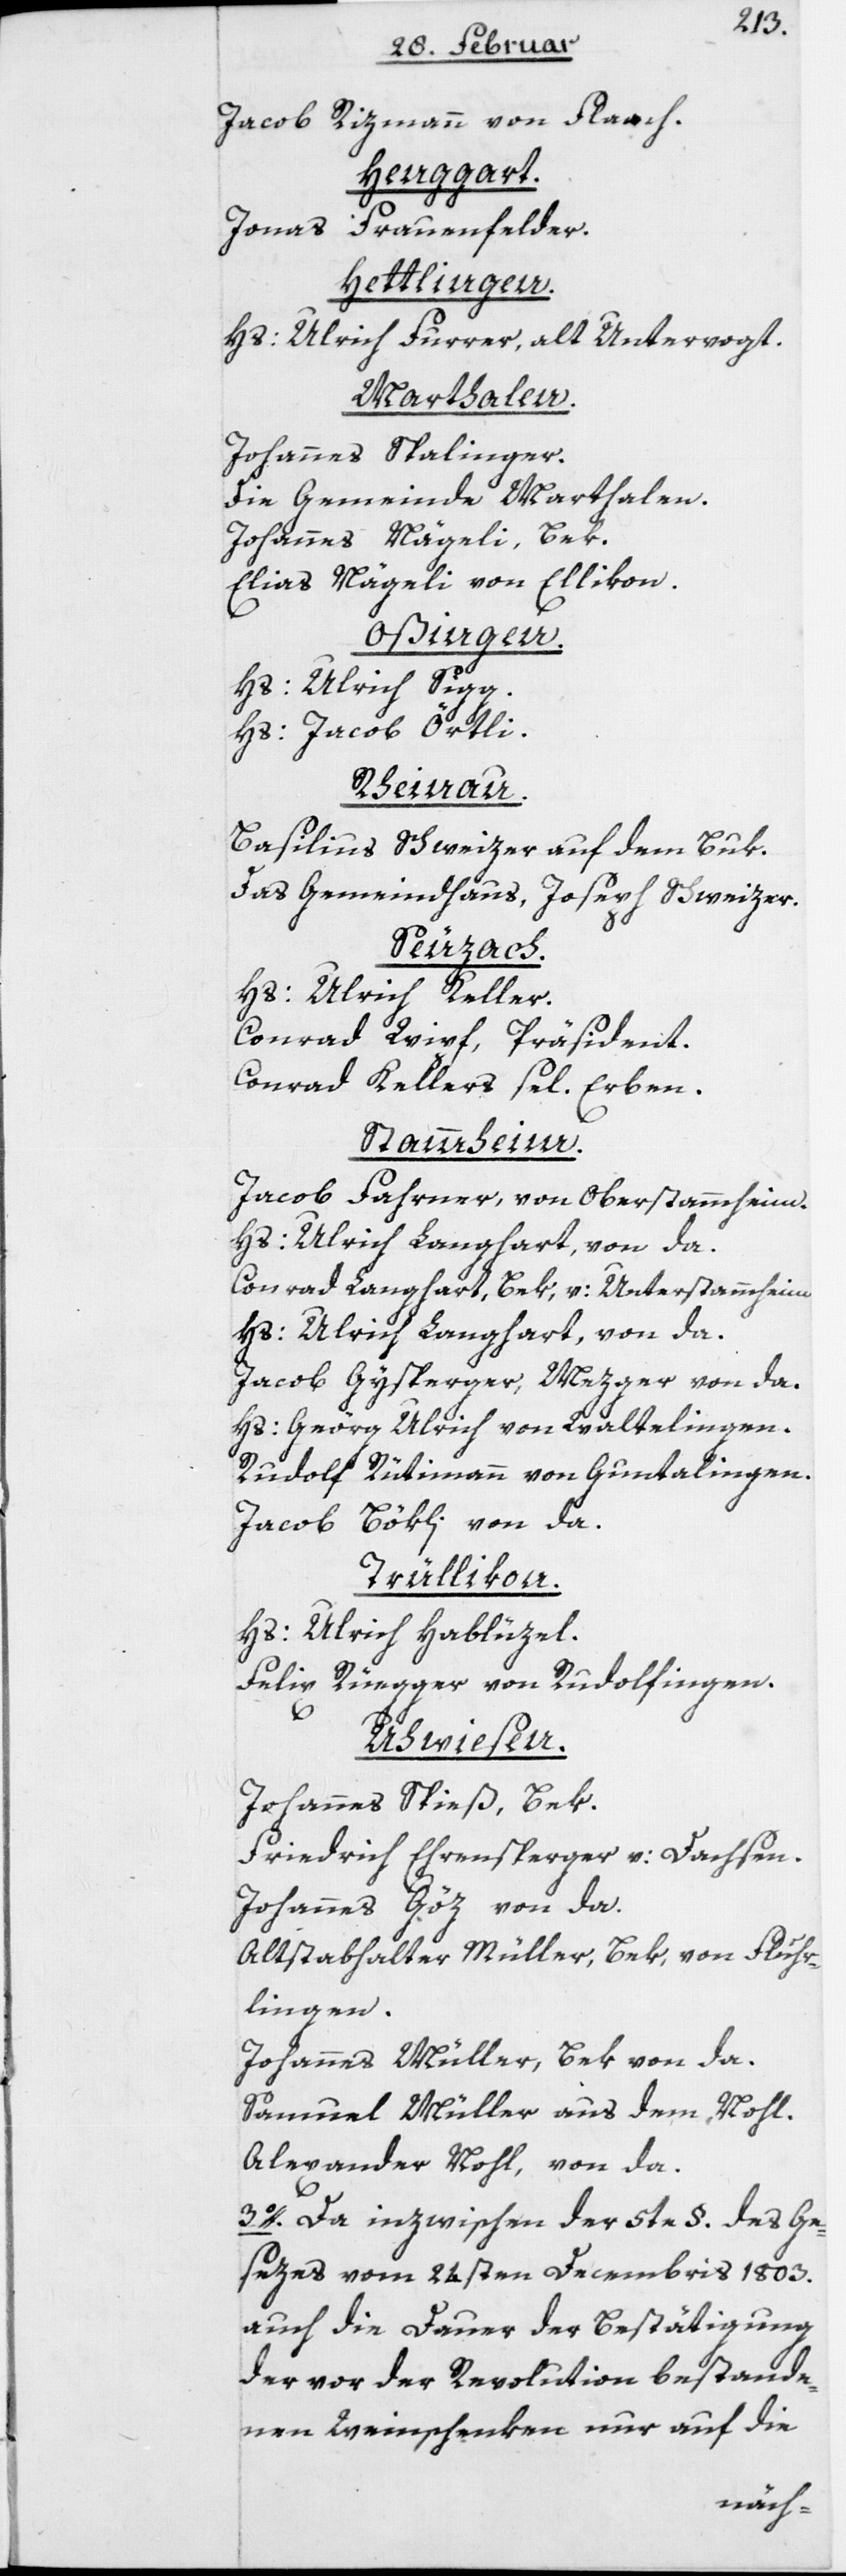
Jacob Rizmann von Flaach.
Henggart.
Frauenfelder.
Jonas
Hettlingen.
Hs: Ulrich Furrer, alt Untervogt.
Marthalen.
Johannes Spalinger.
Die Gemeinde Marthalen.
Johannes Nägeli, Bek.
Elias Nägeli von Ellikon.
Oßingen.
Hs: Ulrich Sigg.
Hs: Jacob Örtli.
Rheinau.
Basilius Schweizer, auf dem Buk.
Das Gemeindhaus, Joseph Schweizer.
Seuzach.
Hs: Ulrich Keller.
Conrad Wipf, Präsident.
Conrad Kellers sel. Erben.
Stammheim.
Jacob Fahrner, von Oberstammheim.
Conrad Langhart, Bek, v: Unterstammheim.
Hs: Ulrich Langhart, von da.
Jacob Gysperger, Mezger von da.
Hs: Geörg Ulrich von Waltelingen.
Rudolf Rütimann von Guntalingen.
Jacob Bökli von da.
Trüllikon.
Hs: Ulrich Hablüzel.
Felix Rüegger von Rudolfingen.
Uhwiesen.
Johannes Spieß, Bek.
Friedrich Ehrensperger v: Dachsen.
Johannes Göz von da.
Altstabhalter Müller, Bek, von Fluhr¬
lingen.
Johannes Müller, Bek von da.
Samuel Müller aus dem Nohl.
Alexander Nohl, von da.
3o. Da inzwischen der 5te §. des Ge¬
sezes vom 24sten Decembris 1803.
auch die Dauer der Bestätigung
der vor der Revolution bestande¬
nen Weinschenken nur auf die